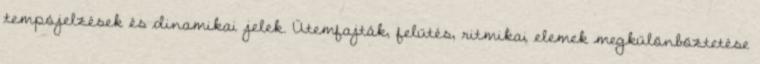
tempójelzések és dinamikai jelek. Ütemfajták, felütés, ritmikai elemek megkülönböztetése